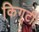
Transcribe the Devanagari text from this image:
किगूटी।